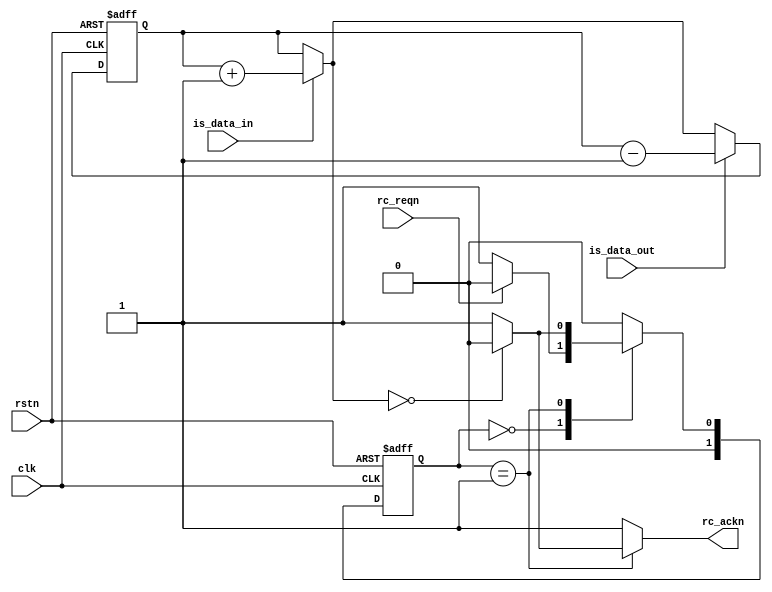
module filter_sync
#(parameter
	INVALUE  = 32'h1,
	OUTVALUE = 32'h1
)
(
	input       clk       ,
	input       rstn      ,
	input       is_data_in,
	input       is_data_out,
	input       rc_reqn,
	output reg  rc_ackn
);
	reg [1:0] state_c, state_n;
	wire rc_is_idle;
	wire [31:0] rc_tc;
	reg [31:0] rc_tc_0;
	wire [31:0] rc_tc_1;
	assign rc_tc_1 = rc_tc_0 + INVALUE;
	always @(posedge clk or negedge rstn) begin
		if (~rstn) begin
			rc_tc_0 <= 32'h0;
		end else begin
			if (is_data_in) rc_tc_0 <= rc_tc_0 + INVALUE;
			if (is_data_out) rc_tc_0 <= rc_tc_0 - OUTVALUE;
		end
	end
	assign rc_tc = (is_data_in) ? rc_tc_1: rc_tc_0;
	assign rc_is_idle = (rc_tc == 32'h0);
	localparam [1:0]
		RC_Idle    = 4'd0,
		RC_ReqAck  = 4'd1;
	always @(posedge clk or negedge rstn) begin
		if (~rstn)
			state_c <= RC_Idle;
		else
			state_c <= state_n;
	end
	always @(*) begin
		{rc_ackn} = {1'b1};
		case (state_c)
			RC_Idle: begin state_n = (~rc_reqn)? RC_ReqAck:RC_Idle; end
			RC_ReqAck:begin
				if(rc_is_idle) begin
					state_n = RC_Idle;
					rc_ackn = 1'b0;
				end else begin
					state_n = RC_ReqAck;
				end
			end
			default: begin state_n = RC_Idle; end
		endcase
	end
endmodule